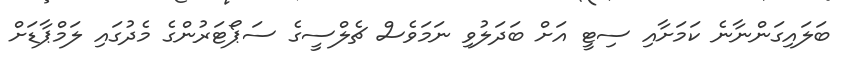
ބަލައިގަންނާނެ ކަމަށާއި ސިޓީ އަށް ބަދަލުވި ނަމަވެސް ޗެލްސީގެ ސަޕޯޓަރުންގެ މެދުގައި ލަމްޕާޑަށް